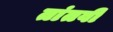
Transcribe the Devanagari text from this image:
तांतवी